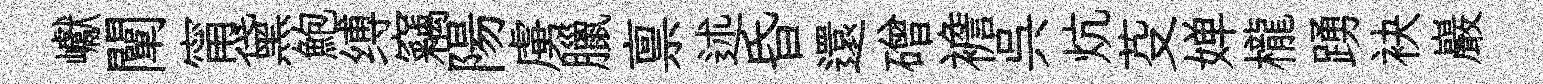
巘闡甯黛鮑缚竊陽虜臘禀述昏還磳襜呉炕芟婵櫳踴袂巖